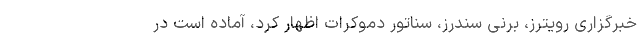
خبرگزاری رویترز، برنی سندرز، سناتور دموکرات اظهار کرد، آماده است در